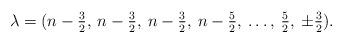
LaTeX: \begin{align*} \lambda=(n-\tfrac{3}{2},\:n-\tfrac{3}{2},\:n-\tfrac{3}{2}, \:n-\tfrac{5}{2},\:\ldots,\:\tfrac{5}{2},\:\pm\tfrac{3}{2}). \end{align*}